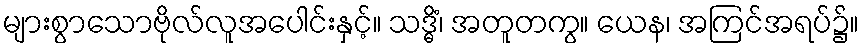
များစွာသောဗိုလ်လူအပေါင်းနှင့်။ သဒ္ဓိံ၊ အတူတကွ။ ယေန၊ အကြင်အရပ်၌။